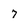
Character: 7